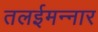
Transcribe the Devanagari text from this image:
तलईमन्नार